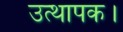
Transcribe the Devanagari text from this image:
उत्थापक।